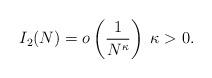
LaTeX: \begin{align*}I_2(N) = o\left(\frac{1}{N^{\kappa}}\right)\;\kappa > 0.\end{align*}